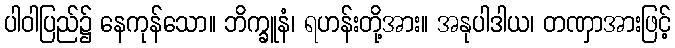
ပါဝါပြည်၌ နေကုန်သော။ ဘိက္ခူနံ၊ ရဟန်းတို့အား။ အနုပါဒါယ၊ တဏှာအားဖြင့်